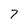
Character: 7